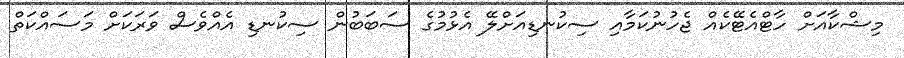
މިޝްކާއަށް ހާޓްއެޓޭކެއް ޖެހުނުކަމާއި ސިކުނޑިއަށްލޭ އެޅުމުގެ ސަބަބުން ސިކުނޑި އެއްވެސް ވަރަކަށް މަސައްކަތް